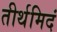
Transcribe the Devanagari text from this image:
तीर्थमिदं